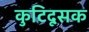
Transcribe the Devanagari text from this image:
कुटिदूसक